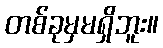
တစ်ခုမှမရှိဘူး။